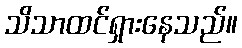
သိသာထင်ရှားနေသည်။